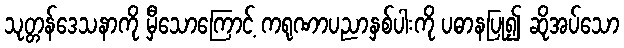
သုတ္တန်ဒေသနာကို မှီသောကြောင့် ကရုဏာပညာနှစ်ပါးကို ပဓာနပြု၍ ဆိုအပ်သော